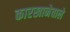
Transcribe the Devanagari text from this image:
कारखानेवाले